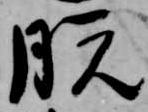
脱